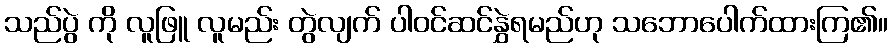
သည်ပွဲ ကို လူဖြူ လူမည်း တွဲလျက် ပါဝင်ဆင်နွှဲရမည်ဟု သဘောပေါက်ထားကြ၏။